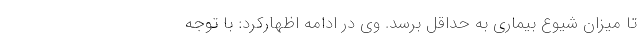
تا میزان شیوع بیماری به حداقل برسد. وی در ادامه اظهارکرد: با توجه